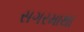
સગરમાથા